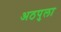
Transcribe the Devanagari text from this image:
अठपुला